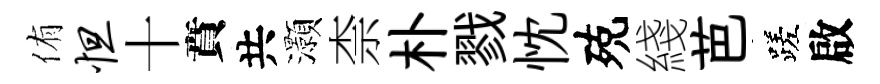
侑怛十賁共灝柰朴戮忱殑綫芭蹉啟